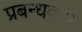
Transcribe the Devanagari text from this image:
प्रबन्धकार